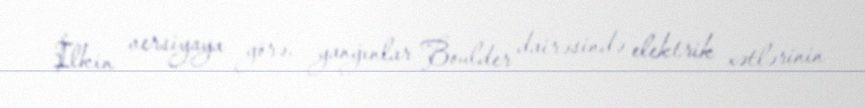
İlkin versiyaya görə, yanğınlar Boulder dairəsində elektrik xətlərinin